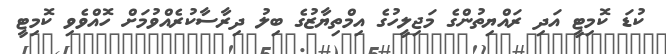
ކުޑަ ކޮމިޓީ އަދި ރައްޔިތުންގެ މަޖިލީހުގެ އިމްތިޔާޒުގެ ބިލު ދިރާސާކުރެއްވުމަށް ހޮއްވެވި ކޮމިޓީ